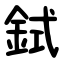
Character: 鉽